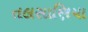
તલસાણિયા